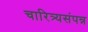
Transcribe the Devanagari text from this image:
चारित्र्यसंपन्न